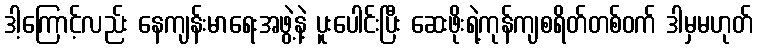
ဒါ့ကြောင့်လည်း နေကျန်းမာရေးအဖွဲ့နဲ့ ပူးပေါင်းပြီး ဆေးဖိုးရဲ့ကုန်ကျစရိတ်တစ်ဝက် ဒါမှမဟုတ်